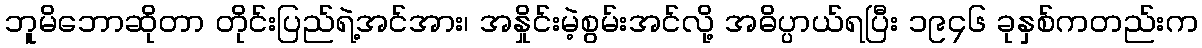
ဘူမိဘောဆိုတာ တိုင်းပြည်ရဲ့အင်အား၊ အနှိုင်းမဲ့စွမ်းအင်လို့ အဓိပ္ပာယ်ရပြီး ၁၉၄၆ ခုနှစ်ကတည်းက